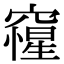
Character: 𥨕